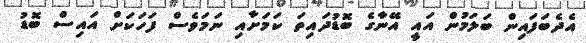
އެދެބަފައިން ބަލަމުން އައީ އޭނާގެ ބޮޑުދައިތަ ކަމަށާއި ނަމަވެސް ފަހަކަށް އައިސް ބޮޑު